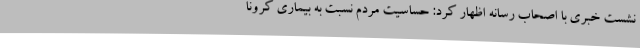
نشست خبری با اصحاب رسانه اظهار کرد: حساسیت مردم نسبت به بیماری کرونا